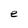
Character: e